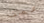
عمت